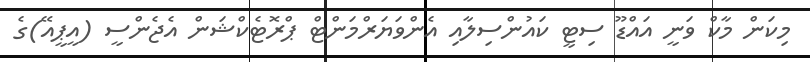
މިކަން މާކް ވަނީ އައްޑޫ ސިޓީ ކައުންސިލާއި އެންވަޔަރްމަންޓް ޕްރޮޓެކްޝަން އެެޖެންސީ (އީޕީއޭ)ގެ